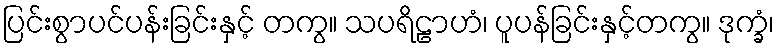
ပြင်းစွာပင်ပန်းခြင်းနှင့် တကွ။ သပရိဠာဟံ၊ ပူပန်ခြင်းနှင့်တကွ။ ဒုက္ခံ၊